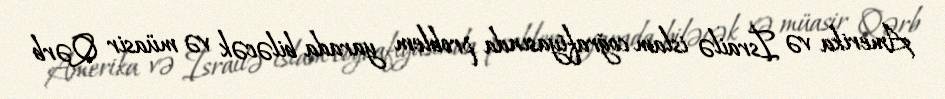
Amerika və İsrailə islam coğrafiyasında problem yarada biləcək və müasir Qərb